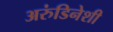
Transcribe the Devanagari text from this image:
अरुंडिनेशी